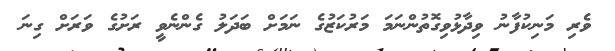
ވެރި މަނިކުފާނު ވިދާޅުވިގޮތުންނަމަ މަރުކަޒުގެ ނަމަށް ބަދަލު ގެންނެވީ ރަށުގެ ވަރަށް ގިނަ